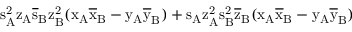
\mathrm { s _ { A } ^ { 2 } \mathrm { z _ { A } \mathrm { \overline { { s } } _ { B } \mathrm { z _ { B } ^ { 2 } ( \mathrm { x _ { A } \mathrm { \overline { { x } } _ { B } - \mathrm { y _ { A } \mathrm { \overline { { y } } _ { B } ) + \mathrm { s _ { A } \mathrm { z _ { A } ^ { 2 } \mathrm { s _ { B } ^ { 2 } \mathrm { \overline { { z } } _ { B } ( \mathrm { x _ { A } \mathrm { \overline { { x } } _ { B } - \mathrm { y _ { A } \mathrm { \overline { { y } } _ { B } ) } } } } } } } } } } } } } } } }